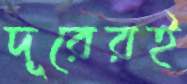
দূরেরই